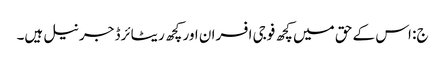
ج: اس کے حق میں کچھ فوجی افسران اور کچھ ریٹائرڈ جرنیل ہیں۔